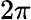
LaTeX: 2\pi